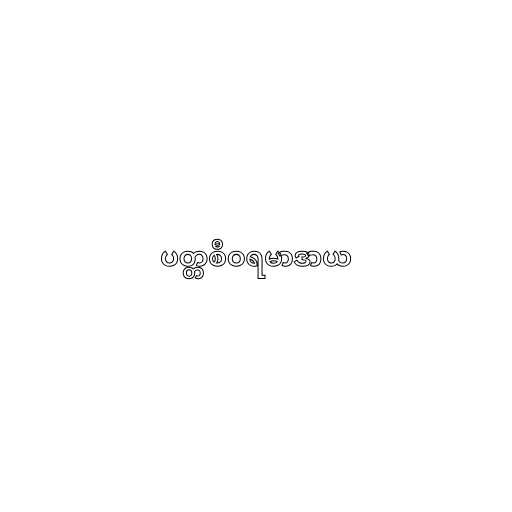
ပတ္တစီဝရမာဒာယ